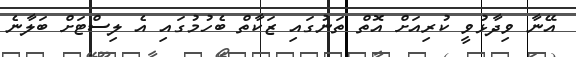
އޭނާ ވިދާޅުވީ ކުރިއަށް އޮތް ތަނުގައި ޒަކާތް ބެހުމުގައި އެ ލިސްޓަށް ބަލާނެ